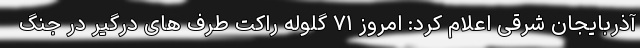
آذربایجان شرقی اعلام کرد: امروز ۷۱ گلوله راکت طرف های درگیر در جنگ